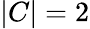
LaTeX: |C|=2